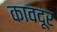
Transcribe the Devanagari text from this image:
कावदूर